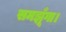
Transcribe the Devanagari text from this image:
समझूँगा।